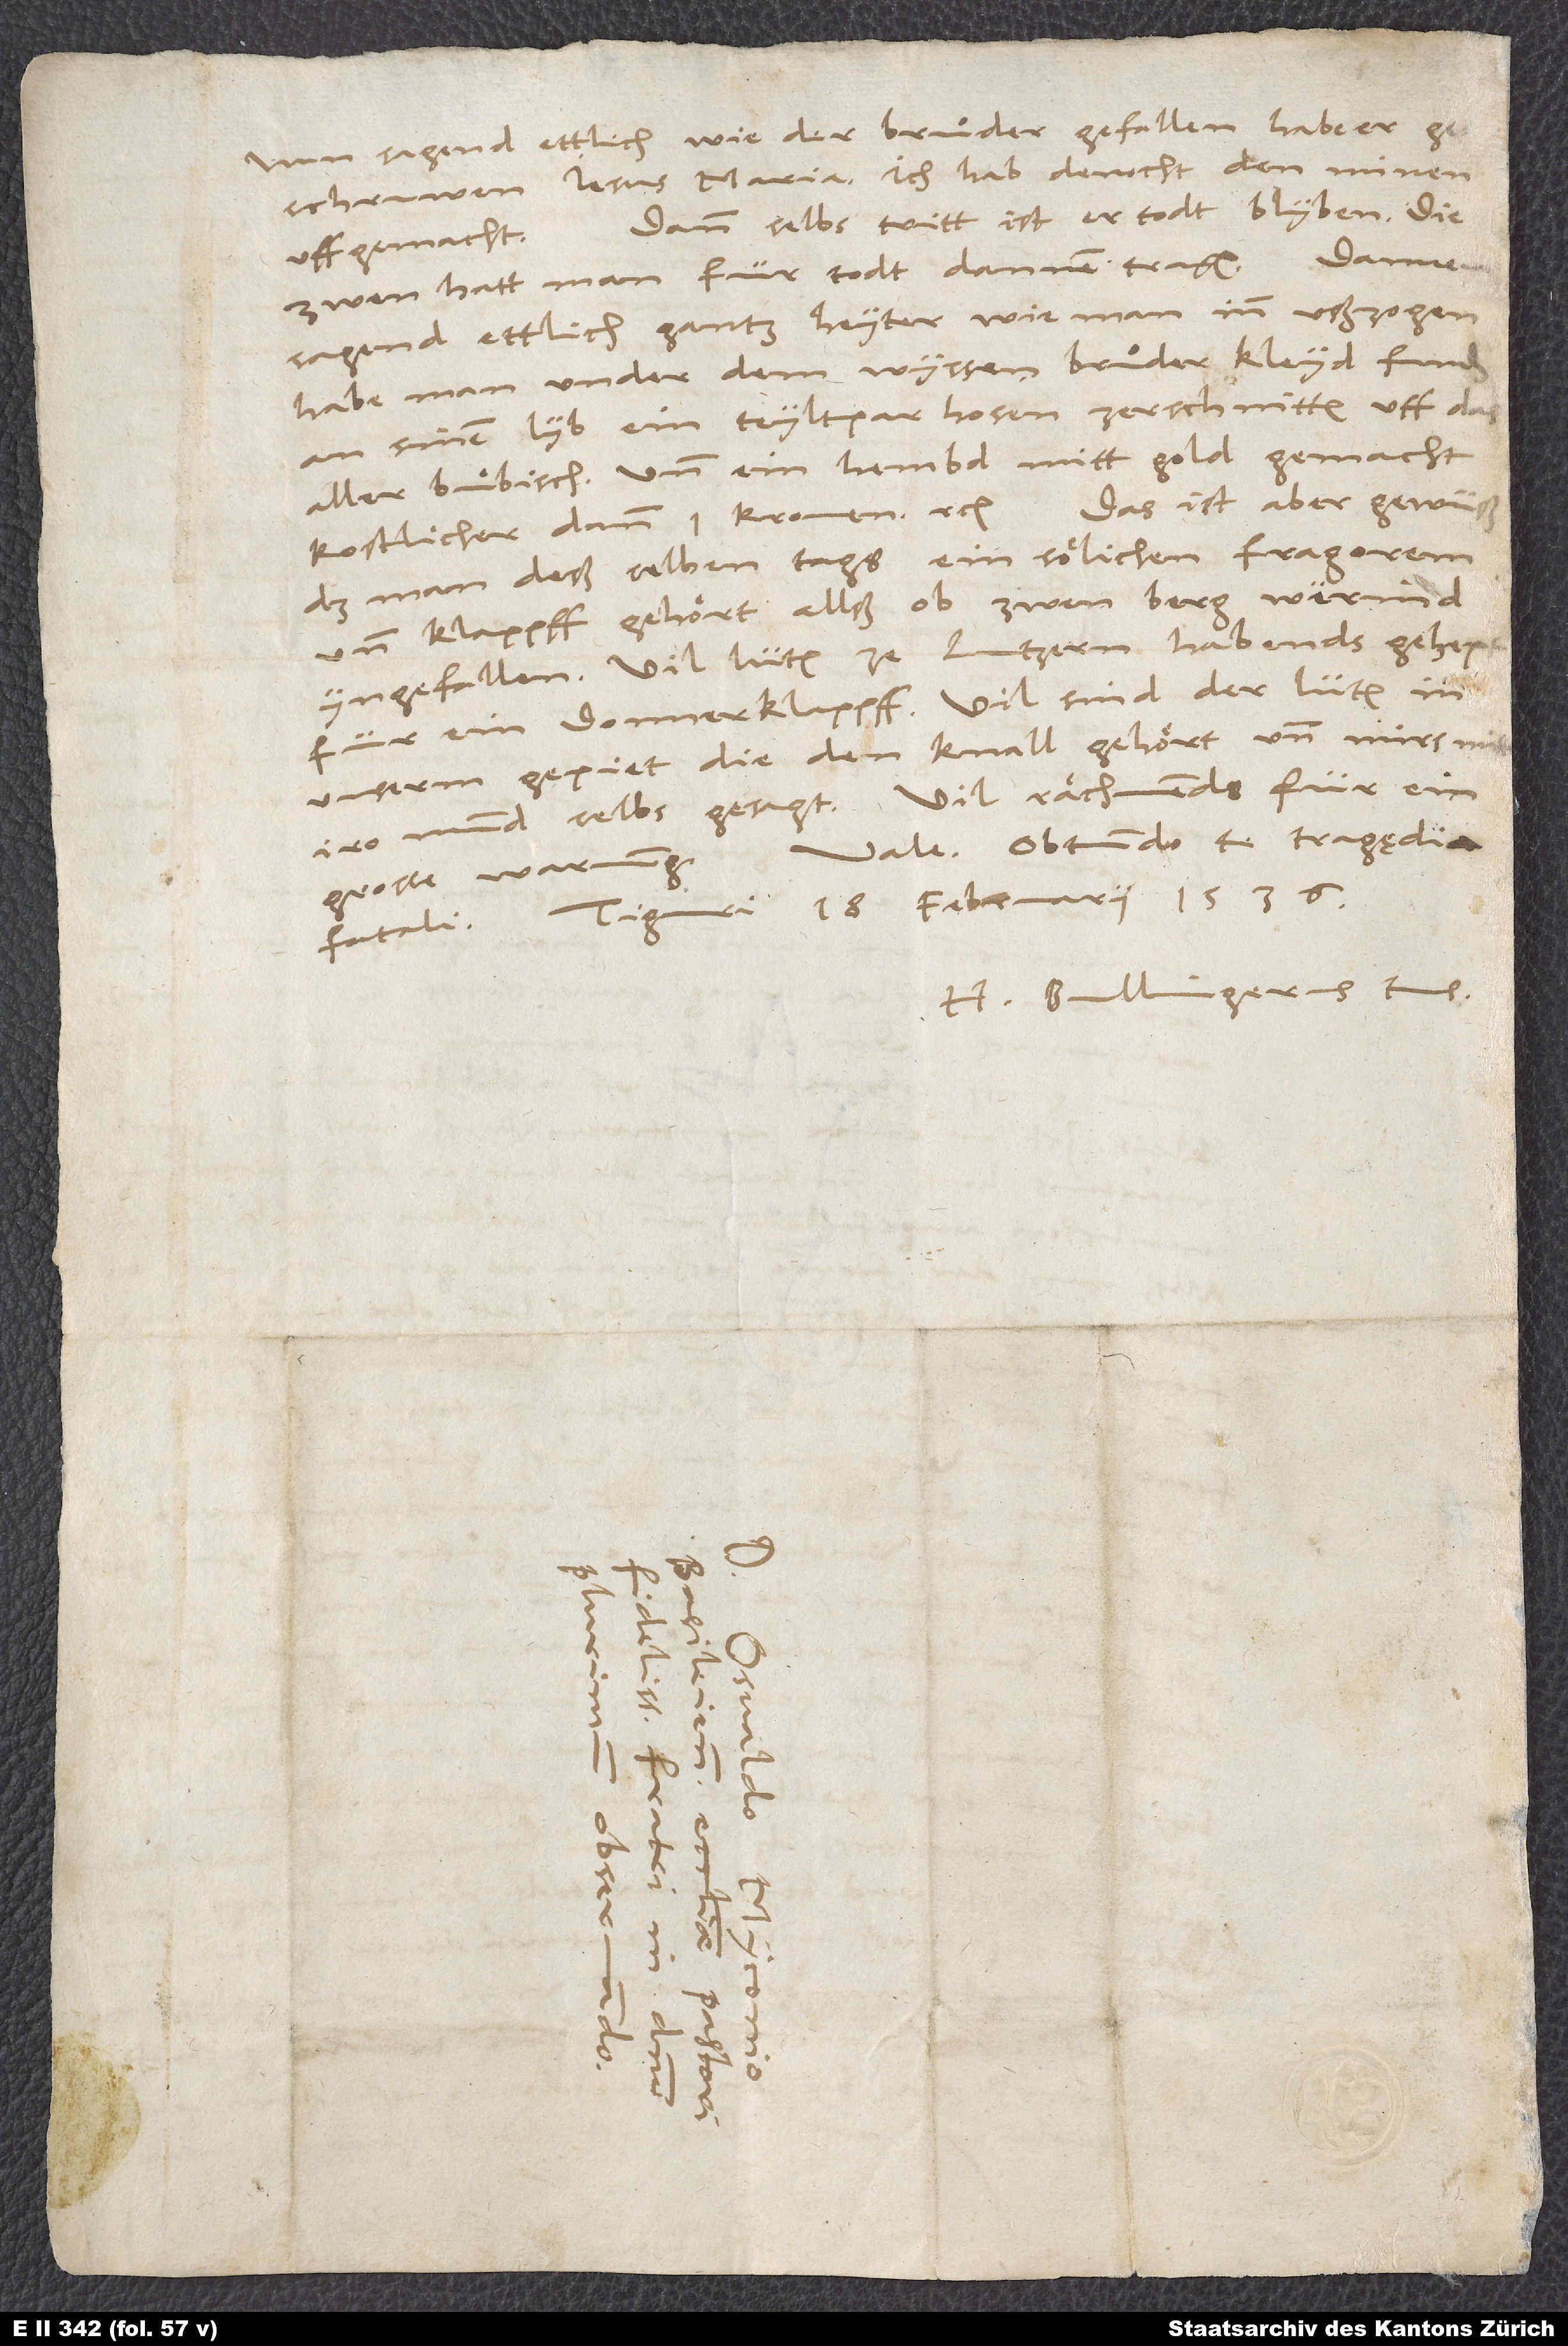
Nun sagend ettlich, wie der bruͦder gefallen, habe er
geschruwen: "Jesus Maria, ich hab denocht den minen
Dann selbs tritt ist er todt blyben. Die
uffgemacht."
zwen hatt man für todt dannen tragen. Dannen
sagend ettlich gantz heyter, wie man inn usszogen,
habe man under dem wyssen bruͦder kleyd funden
an sinem lyb ein teylt par hosen, zerschnitten uff das
aller buͤbisch, und ein hembd mitt gold gemacht,
kostlicher dann 1 kronen etc. Das ist aber gewüss,
das man deß selben tags ein sölichen fragorem
und klappff gehört, allss ob zwen berg werind
yngefallen. Vil lüten ze Lutzern habends gehept
für ein donnerklappff. Vil sind der lüten inn
unserm gepiet, die den knall gehört und mir mitt
iro mund selbs gesagt. Vil rächnends für ein
Vale. Obtundo te tragędia
grosse warnung.
Tiguri, 18. februarii 1536.
H. Bullingerus tuus.